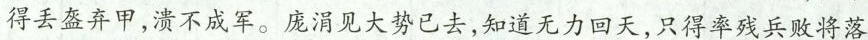
得丢盔弃甲，溃不成军。庞涓见大势已去，知道无力回天，只得率残兵败将落